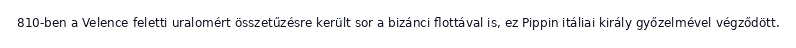
810-ben a Velence feletti uralomért összetűzésre került sor a bizánci flottával is, ez Pippin itáliai király győzelmével végződött.